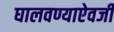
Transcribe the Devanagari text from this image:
घालवण्याऐवजी